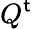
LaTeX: Q^{\mathsf{t}}